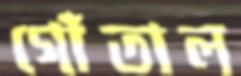
গোঁতাল